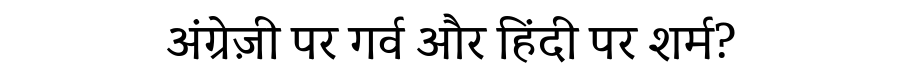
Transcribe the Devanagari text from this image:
अंग्रेज़ी पर गर्व और हिंदी पर शर्म?